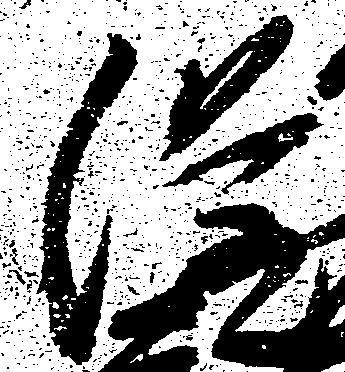
隆